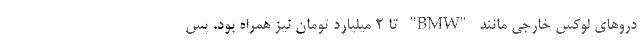
دروهای لوکس خارجی مانند "BMW" تا 2 میلیارد تومان نیز همراه بود. پس